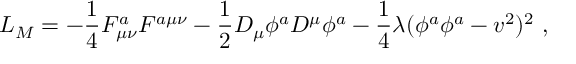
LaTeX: L _ { M } = - \frac { 1 } { 4 } F _ { \mu \nu } ^ { a } F ^ { a \mu \nu } - \frac { 1 } { 2 } D _ { \mu } \phi ^ { a } D ^ { \mu } \phi ^ { a } - \frac { 1 } { 4 } \lambda ( \phi ^ { a } \phi ^ { a } - v ^ { 2 } ) ^ { 2 } \ ,